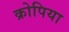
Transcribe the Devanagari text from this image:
क्रोपिया